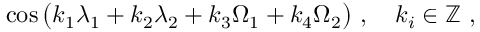
\cos { \big ( k _ { 1 } \lambda _ { 1 } + k _ { 2 } \lambda _ { 2 } + k _ { 3 } \Omega _ { 1 } + k _ { 4 } \Omega _ { 2 } \big ) } \ , \quad k _ { i } \in \mathbb { Z } \ ,